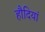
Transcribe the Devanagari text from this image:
हौदियां